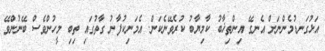
އަޅުގަނޑުމެންނަށް އެނގޭ އިންތިޚާބު ކާމިޔާބު ކުރެވޭނެކަން. އެމަނިކުފާނު ގާތުގައި ތިބި މީހުންވެސް ބޭނުންވޭ